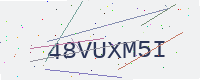
Text: 48VUXM5I